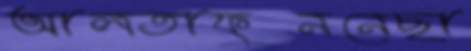
আলতাফুননেছা